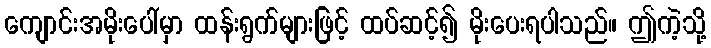
ကျောင်းအမိုးပေါ်မှာ ထန်းရွက်များဖြင့် ထပ်ဆင့်၍ မိုးပေးရပါသည်။ ဤကဲ့သို့